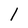
Character: 1